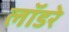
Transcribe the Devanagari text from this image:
लॉडरे